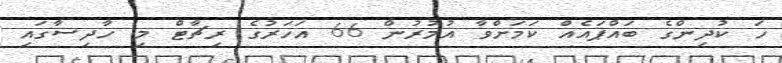
ހަ ކުދިންގެ ބައްޕައެއް ކަމަށްވާ އުމުރުން 66 އަހަރުގެ ރިޗާޓް މި ހާދިސާގައި